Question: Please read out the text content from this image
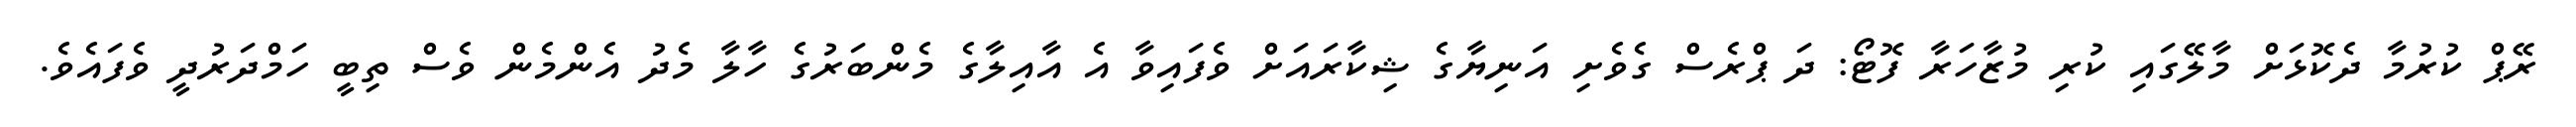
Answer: ރޭޕް ކުރުމާ ދެކޮޅަށް މާލޭގައި ކުރި މުޒާހަރާ ފޮޓޯ: ދަ ޕްރެސް ގެވެށި އަނިޔާގެ ޝިކާރައަށް ވެފައިވާ އެ އާއިލާގެ މެންބަރުގެ ހާލާ މެދު އެންމެން ވެސް ތިބީ ހަމްދަރުދީ ވެފައެވެ.